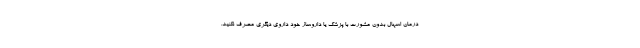
درمان اسهال بدون مشورت با پزشک یا داروساز خود داروی دیگری مصرف نکنید.